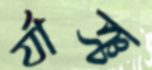
র‍্যাঞ্চ